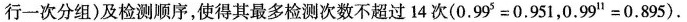
行一次分组)及检测顺序，使得其最多检测次数不超过14次($$0 . 9 9 ^ { 5 } = 0 . 9 5 1$$，$$0 . 9 9 ^ { 1 1 } = 0 . 8 9 5 )$$.